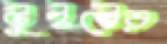
টুইস্টের